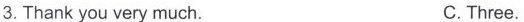
3.Thank you very much. C.Three.